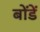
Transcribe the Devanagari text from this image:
बोंडें